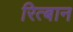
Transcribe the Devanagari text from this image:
रित्बान